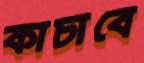
কাচাবে